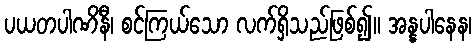
ပယတပါဏိနီ၊ စင်ကြယ်သော လက်ရှိသည်ဖြစ်၍။ အန္နပါနေန၊